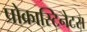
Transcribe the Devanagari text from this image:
प्रोक्रास्टिनेटस